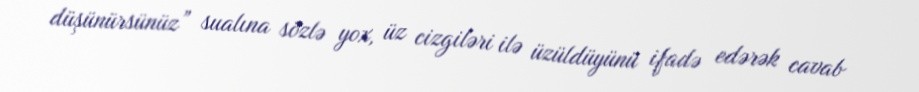
düşünürsünüz” sualına sözlə yox, üz cizgiləri ilə üzüldüyünü ifadə edərək cavab